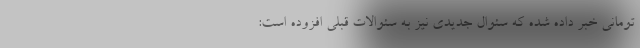
تومانی خبر داده شده که سئوال جدیدی نیز به سئوالات قبلی افزوده است: